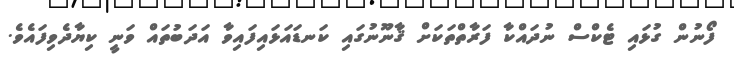
ފޯނުން ގުޅައި ޓެކްސް ނުދައްކާ ފަރާތްތަކަށް ޤާނޫނުގައި ކަނޑައަޅައިފައިވާ އަދަބުތައް ވަނީ ކިޔާދެވިފައެވެ.